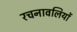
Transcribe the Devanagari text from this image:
रचनावलियों